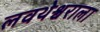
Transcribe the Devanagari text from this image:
लवथेश्वराला